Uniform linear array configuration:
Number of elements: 12
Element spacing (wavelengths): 0.5
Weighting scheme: hamming
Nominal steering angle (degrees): -15
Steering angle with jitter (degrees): -14.439
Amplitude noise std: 0.05
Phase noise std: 0.05

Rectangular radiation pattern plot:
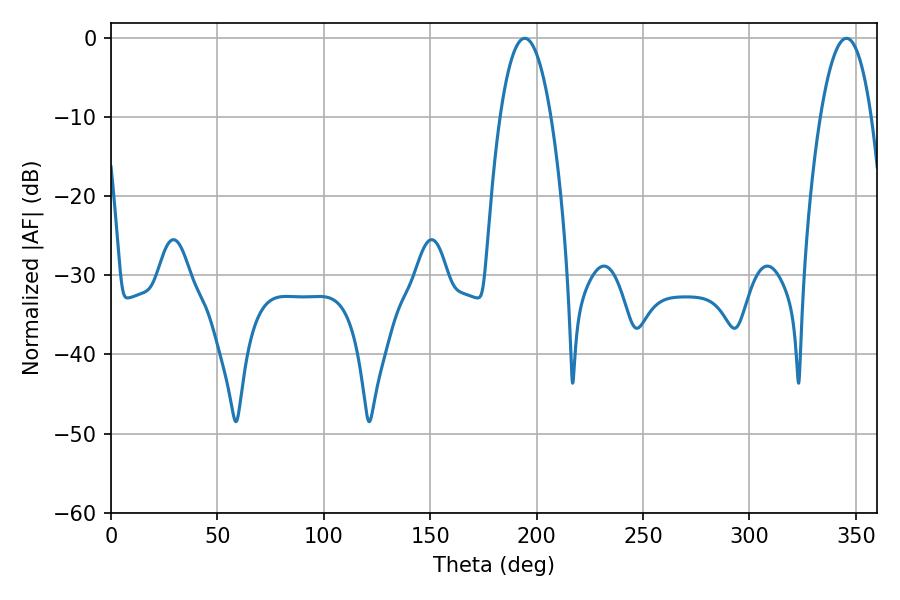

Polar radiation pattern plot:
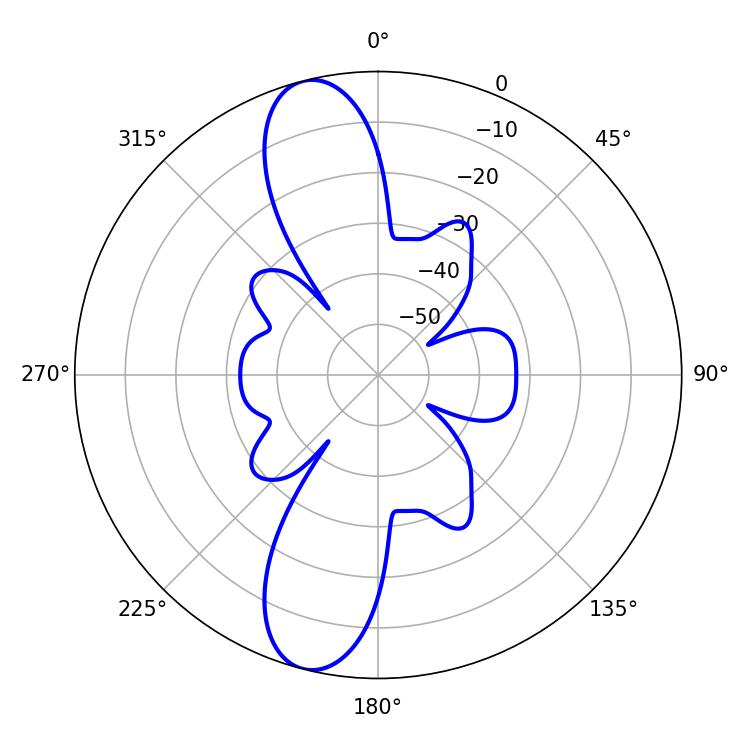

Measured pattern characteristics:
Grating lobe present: FALSE
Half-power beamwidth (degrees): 13.32
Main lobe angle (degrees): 194.4